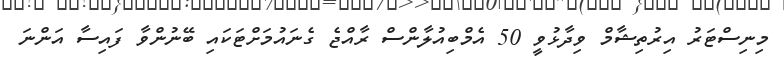
މިނިސްޓަރު އިރުތިޝާމް ވިދާޅުވީ 50 އެމްބިއުލާންސް ރާއްޖެ ގެނައުމަށްޓަކައި ބޭނުންވާ ފައިސާ އަންނަ